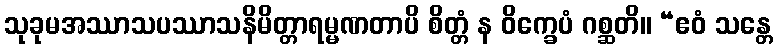
သုခုမအဿာသပဿာသနိမိတ္တာရမ္မဏတာပိ စိတ္တံ န ဝိက္ခေပံ ဂစ္ဆတိ။ “ဧဝံ သန္တေ